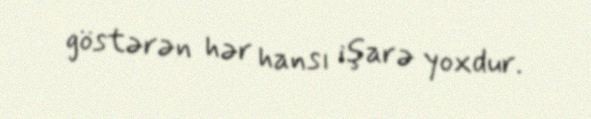
göstərən hər hansı işarə yoxdur.